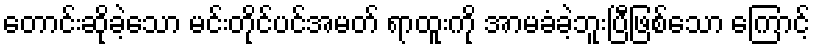
တောင်းဆိုခဲ့သော မင်းတိုင်ပင်အမတ် ရာထူးကို အာမခံခဲ့ဘူးပြီဖြစ်သော ကြောင့်